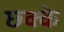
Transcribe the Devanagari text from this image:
छ्क्के